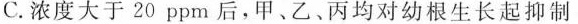
C.浓度大于20ppm后，甲、乙、丙均对幼根生长起抑制